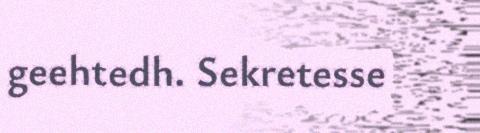
geehtedh. Sekretesse